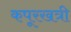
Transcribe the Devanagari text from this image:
कपूरखत्री